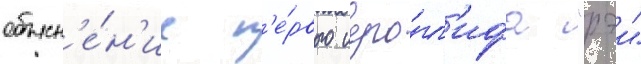
объясн'е́н'ие п'е́рвого иеро́гл'ифа "рэи"